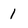
Character: 1